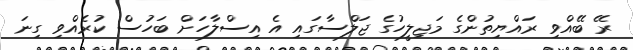
ރޭ ބޭއްވި ރައްޔިތުންގެ މަޖިލީހުގެ ޖަލްސާގައި އެ އިސްލާހަށް ބަހުސް ކުރެއްވި ގިނަ